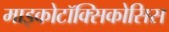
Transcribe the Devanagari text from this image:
माइकोटॉक्सिकोसिस